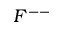
F ^ { -- }